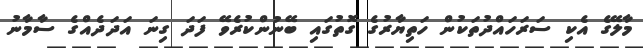
މާލޭގެ އެކި ސަރަހައްދުތަކުން ހަތިޔާރުގެ ގޮތުގައި ބޭނުންކުރެވޭ ފަދަ ގިނަ އަދަދެއްގެ ސާމާނު